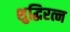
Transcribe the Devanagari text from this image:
शुद्धिरत्न